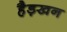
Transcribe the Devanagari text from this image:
हैड़खन